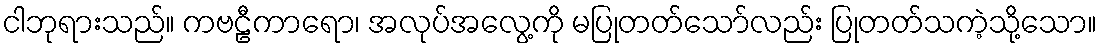
ငါဘုရားသည်။ ကဗဠီကာရော၊ အလုပ်အလွေ့ကို မပြုတတ်သော်လည်း ပြုတတ်သကဲ့သို့သော။